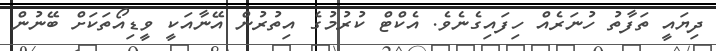
ދިޔައީ ތަފާތު ހުނަރެއް ހިފައިގެނެވެ. އެކްޓް ކުުރުމުގެ އިތުރުން އޭނާއަކީ ވީޑިއޯތަކަށް ބޭނުން